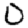
Digit: 0